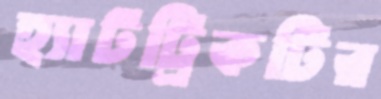
হ্যাটট্রিকটির